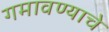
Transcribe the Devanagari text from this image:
गमावण्याचे